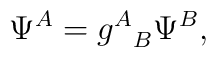
\Psi^{A}={g^{A}}_{B}\Psi^{B},